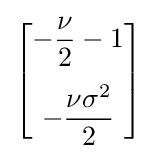
{\begin{bmatrix}-{\dfrac {\nu }{2}}-1\\[10pt]-{\dfrac {\nu \sigma ^{2}}{2}}\end{bmatrix}}